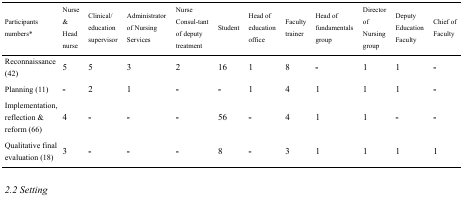
<table><thead><tr><td><b>Participants numbers*</b></td><td><b>Nurse &amp; Head nurse</b></td><td><b>Clinical/education supervisor</b></td><td><b>Administrator of Nursing Services</b></td><td><b>Nurse Consultant of deputy treatment</b></td><td><b>Student</b></td><td><b>Head of education office</b></td><td><b>Faculty trainer</b></td><td><b>Head of fundamentals group</b></td><td><b>Director of Nursing group</b></td><td><b>Deputy Education Faculty</b></td><td><b>Chief of Faculty</b></td></tr></thead><tbody><tr><td>Reconnaissance (42)</td><td>5</td><td>5</td><td>3</td><td>2</td><td>16</td><td>1</td><td>8</td><td>-</td><td>1</td><td>1</td><td>-</td></tr><tr><td>Planning (11)</td><td>-</td><td>2</td><td>1</td><td>-</td><td>-</td><td>1</td><td>4</td><td>1</td><td>1</td><td>1</td><td>-</td></tr><tr><td>Implementation, reflection &amp; reform (66)</td><td>4</td><td>-</td><td>-</td><td>-</td><td>56</td><td>-</td><td>4</td><td>1</td><td>1</td><td>-</td><td>-</td></tr><tr><td>Qualitative final evaluation (18)</td><td>3</td><td>-</td><td>-</td><td>-</td><td>8</td><td>-</td><td>3</td><td>1</td><td>1</td><td>1</td><td>1</td></tr></tbody></table>